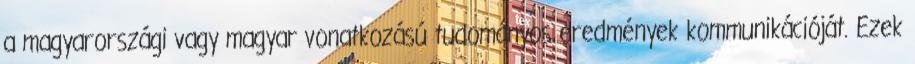
a magyarországi vagy magyar vonatkozású tudományos eredmények kommunikációját. Ezek